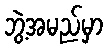
ဘွဲ့အမည်မှာ